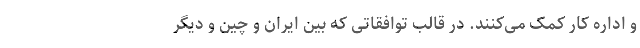
و اداره کار کمک می‌کنند. در قالب توافقاتی که بین ایران و چین و دیگر